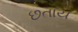
છતાય